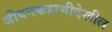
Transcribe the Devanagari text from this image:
जीवनकहाणीदेखील